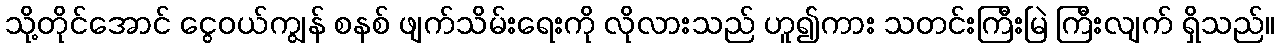
သို့တိုင်အောင် ငွေဝယ်ကျွန် စနစ် ဖျက်သိမ်းရေးကို လိုလားသည် ဟူ၍ကား သတင်းကြီးမြဲ ကြီးလျက် ရှိသည်။